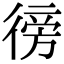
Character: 徬